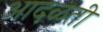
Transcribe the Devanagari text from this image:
आदळती